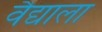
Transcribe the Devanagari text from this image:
वैद्याला